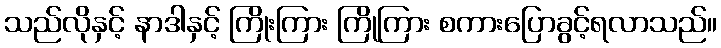
သည်လိုနှင့် နာဒါနှင့် ကြိုးကြား ကြိုကြား စကားပြောခွင့်ရလာသည်။